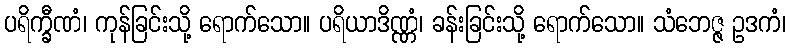
ပရိက္ခီဏံ၊ ကုန်ခြင်းသို့ ရောက်သော။ ပရိယာဒိဏ္ဏံ၊ ခန်းခြင်းသို့ ရောက်သော။ သံဘေဇ္ဇ ဥဒကံ၊